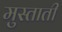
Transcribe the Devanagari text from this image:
मुस्ताती